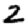
Digit: 2